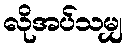
လိုအပ်သမျှ